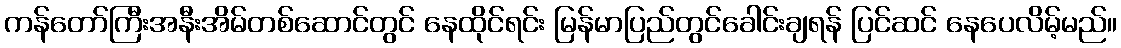
ကန်တော်ကြီးအနီးအိမ်တစ်ဆောင်တွင် နေထိုင်ရင်း မြန်မာပြည်တွင်ခေါင်းချရန် ပြင်ဆင် နေပေလိမ့်မည်။